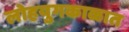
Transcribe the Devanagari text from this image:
लोहयुगकाळात